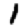
Digit: 1